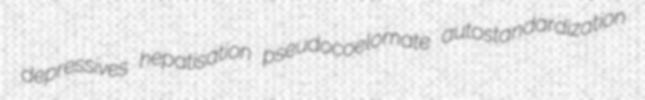
depressives hepatisation pseudocoelomate autostandardization